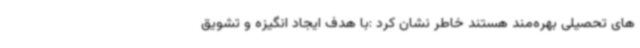
های تحصیلی بهره‌مند هستند خاطر نشان کرد :با هدف ایجاد انگیزه و تشویق